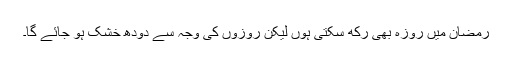
رمضان میں روزہ بھی رکھ سکتی ہوں لیکن روزوں کی وجہ سے دودھ خشک ہو جائے گا۔